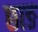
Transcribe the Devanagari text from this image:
छाङ